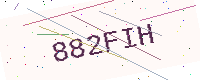
Text: 882FIH